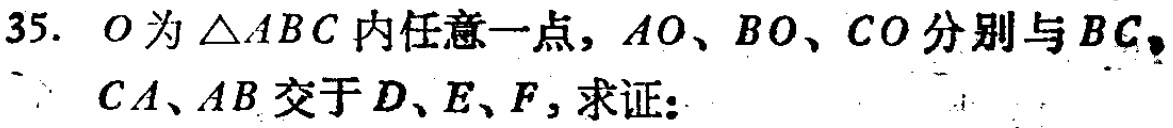
35. \(O\)为\(\triangle ABC\)内任意一点，\(AO\)、\(BO\)、\(CO\)分别与\(BC\)，\(CA\)、\(AB\)交于\(D\)、\(E\)、\(F\)，求证：